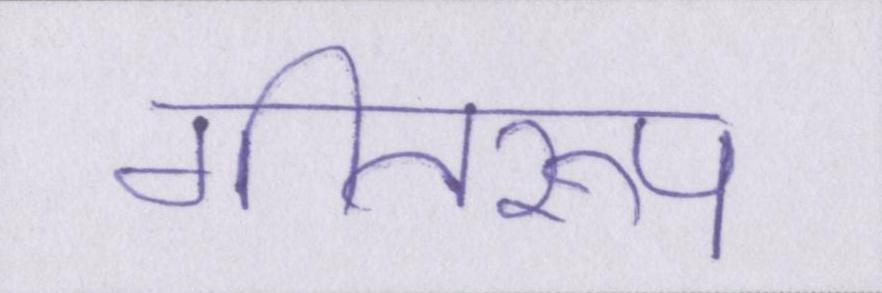
गीतरूप